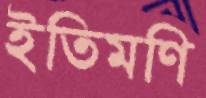
ইতিমণি